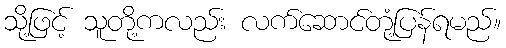
သို့ဖြင့် သူတို့ကလည်း လက်ဆောင်တုံ့ပြန်ရမည်။